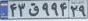
۴۳ق۹۹۴۲۹